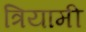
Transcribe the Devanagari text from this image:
त्रियामी